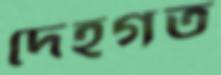
দেহগত